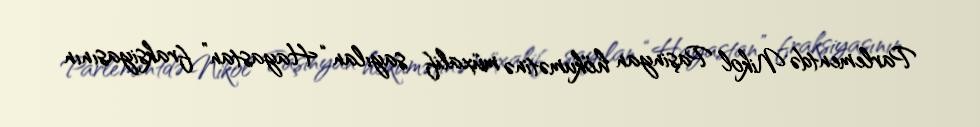
Parlementdə Nikol Paşinyan hökumətinə müxalif sayılan “Hayastan” fraksiyasının